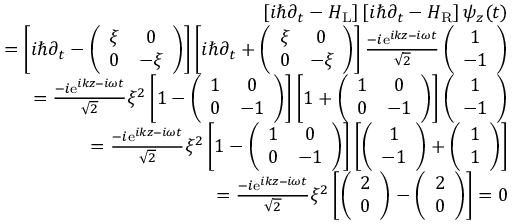
\begin{array} { r l r } & { } & { \left[ i \hbar \partial _ { t } - H _ { \mathrm { L } } \right] \left[ i \hbar \partial _ { t } - H _ { \mathrm { R } } \right] \psi _ { z } ( t ) } \\ & { } & { = \left[ i \hbar \partial _ { t } - \left( \begin{array} { c c } { \xi } & { 0 } \\ { 0 } & { - \xi } \end{array} \right) \right] \left[ i \hbar \partial _ { t } + \left( \begin{array} { c c } { \xi } & { 0 } \\ { 0 } & { - \xi } \end{array} \right) \right] \frac { - i \mathrm { e } ^ { i k z - i \omega t } } { \sqrt { 2 } } \left( \begin{array} { c } { 1 } \\ { - 1 } \end{array} \right) } \\ & { } & { = \frac { - i \mathrm { e } ^ { i k z - i \omega t } } { \sqrt { 2 } } \xi ^ { 2 } \left[ 1 - \left( \begin{array} { c c } { 1 } & { 0 } \\ { 0 } & { - 1 } \end{array} \right) \right] \left[ 1 + \left( \begin{array} { c c } { 1 } & { 0 } \\ { 0 } & { - 1 } \end{array} \right) \right] \left( \begin{array} { c } { 1 } \\ { - 1 } \end{array} \right) } \\ & { } & { = \frac { - i \mathrm { e } ^ { i k z - i \omega t } } { \sqrt { 2 } } \xi ^ { 2 } \left[ 1 - \left( \begin{array} { c c } { 1 } & { 0 } \\ { 0 } & { - 1 } \end{array} \right) \right] \left[ \left( \begin{array} { c } { 1 } \\ { - 1 } \end{array} \right) + \left( \begin{array} { c } { 1 } \\ { 1 } \end{array} \right) \right] } \\ & { } & { = \frac { - i \mathrm { e } ^ { i k z - i \omega t } } { \sqrt { 2 } } \xi ^ { 2 } \left[ \left( \begin{array} { c } { 2 } \\ { 0 } \end{array} \right) - \left( \begin{array} { c } { 2 } \\ { 0 } \end{array} \right) \right] = 0 } \end{array}